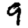
Digit: 9